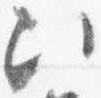
次